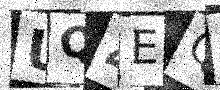
Text: UQ4EQQ